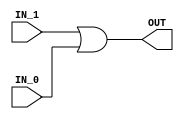
//1bit
module OR_2_1(
input wire IN_1,
input wire IN_0,
output wire OUT
);

assign OUT = IN_1 | IN_0;

endmodule